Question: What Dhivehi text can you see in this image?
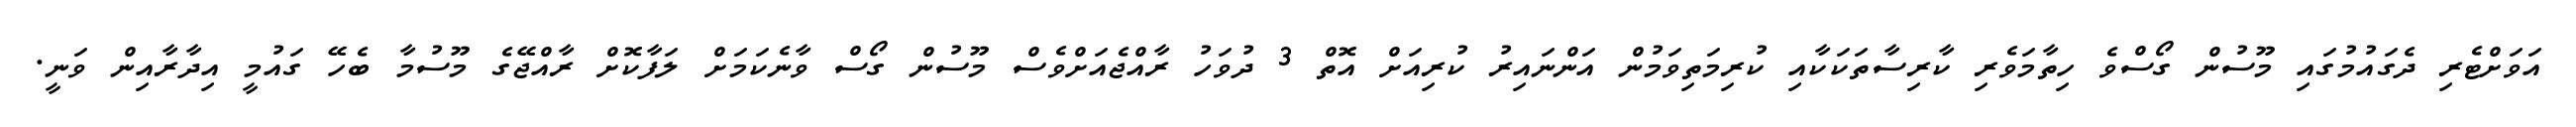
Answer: އަވަށްޓެރި ދެގައުމުގައި މޫސުން ގޯސްވެ ހިތާމަވެރި ކާރިސާތަކަކާއި ކުރިމަތިވަމުން އަންނައިރު ކުރިއަށް އޮތް 3 ދުވަހު ރާއްޖެއަށްވެސް މޫސުން ގޯސް ވާނެކަމަށް ލަފާކޮށް ރާއްޖޭގެ މޫސުމާ ބެހޭ ގައުމީ އިދާރާއިން ވަނީ.